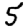
Digit: 5